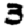
Digit: 3